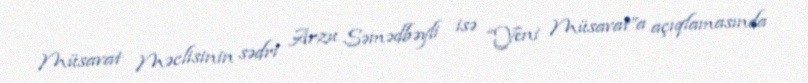
Müsavat Məclisinin sədri Arzu Səmədbəyli isə “Yeni Müsavat”a açıqlamasında